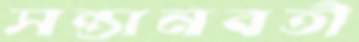
সন্তানবতী